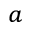
^ { a }